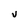
Character: U